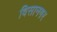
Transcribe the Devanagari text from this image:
विसानगर